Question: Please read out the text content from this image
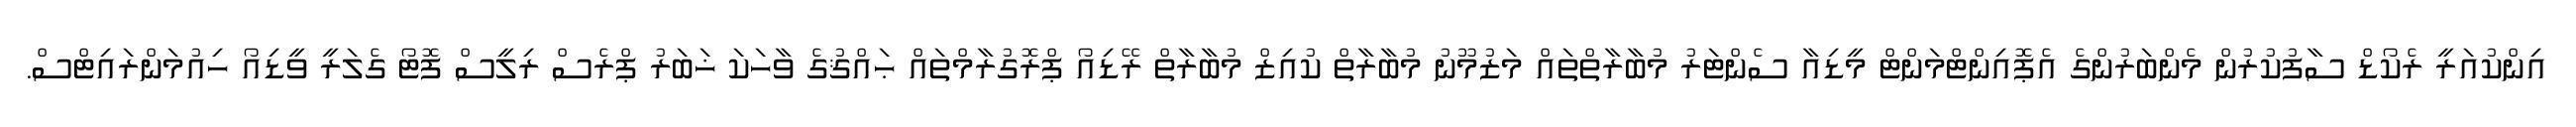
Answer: އިންކުއަރީ ރެކޯޑް ސާފުކުރުން މެންބަރުންގެ އެޕޮއިންޓްމަންޓް މީޑިއާ ސެންޓަރު މުބާރާތްތައް މަޒުމޫނު މުބާރާތް ކުއިޒް މުބާރާތް ރޭޑިއޯ ޕްރޮގުރާމްތައް ޙައްޤުގެ ވާހަކަ ޚަބަރު ޕްރެސް ރިލީސް ފޮޓޯ ގެލަރީ ވީޑިއޯ ހިއުމަންރައިޓްސް.